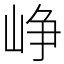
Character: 峥